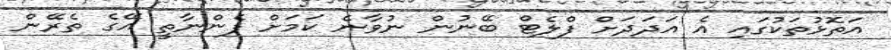
އަތޮޅުތަކުގައި އެ އަދަދަށް ފްލެޓް ބޭނުން ނުވާނެ ކަމަށް ފެންނާތީ އޭގެ ތެރޭން